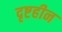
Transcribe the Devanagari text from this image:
दृष्टहीन